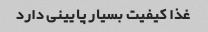
غذا کیفیت بسیار پایینی دارد